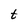
Character: t